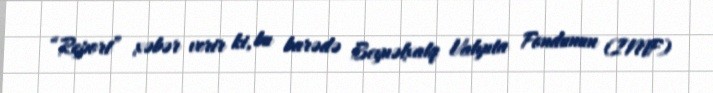
“Report” xəbər verir ki, bu barədə Beynəlxalq Valyuta Fondunun (IMF)